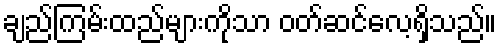
ချည်ကြမ်းထည်များကိုသာ ဝတ်ဆင်လေ့ရှိသည်။